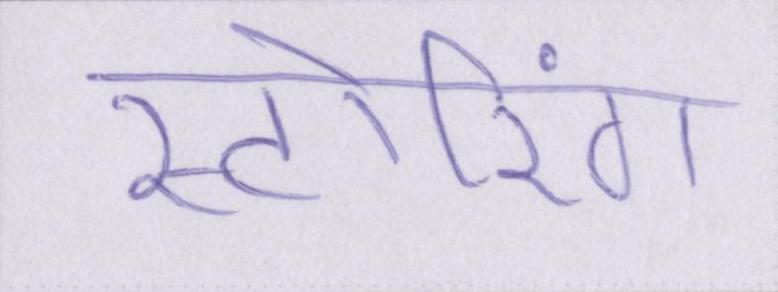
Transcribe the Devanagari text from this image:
स्टोरिंग